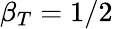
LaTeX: \beta_{T}=1/2